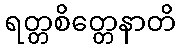
ရတ္တစိတ္တေနာတိ